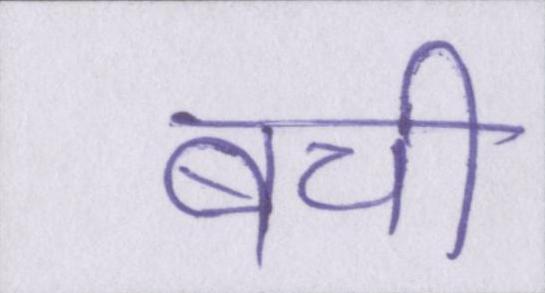
बची